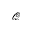
\mathscr { Q }